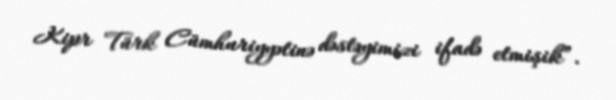
Kipr Türk Cümhuriyyətinə dəstəyimizi ifadə etmişik”.